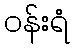
ဝန်းရံ